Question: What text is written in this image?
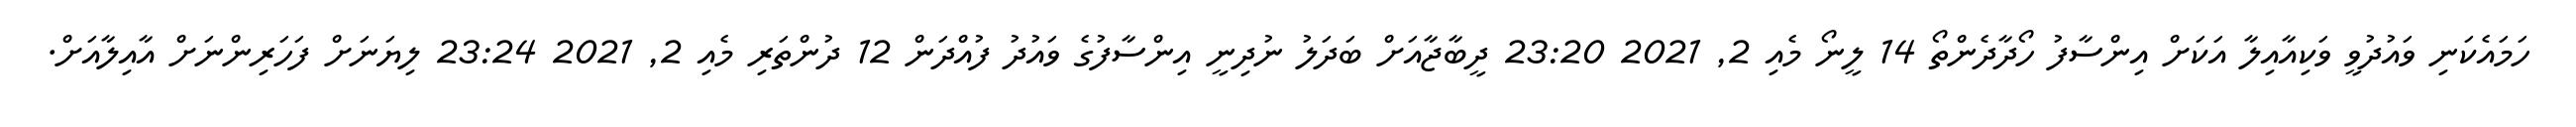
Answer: ހަމައެކަނި ވައުދުވީ ވަކިއާއިލާ އަކަށް އިންސާފު ހޯދާދެންތޯ 14 ލީނޯ މެއި 2, 2021 23:20 ދީބާޖާއަށް ބަދަލު ނުދިނީ އިންސާފުގެ ވައުދު ފުއްދަން 12 ދުންތަރި މެއި 2, 2021 23:24 ލިޔަނަށް ފަހަރިންނަށް އާއިލާއަށް.